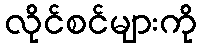
လိုင်စင်များကို